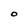
Character: O